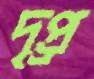
দৃপ্র্র